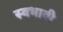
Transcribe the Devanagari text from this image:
स्वभावी